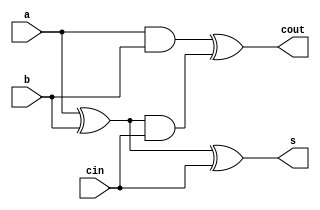
`timescale 1ns/1ns
module full_adder1(s, cout, a, b, cin);
	
	input a, b;
	input cin;
	output s;
	output cout;
      wire s1, c1, c2;
      xor x1(s1, a, b);
      and a1(c1, a, b);
      xor x2(s, s1, cin);
      and a2(c2, s1, cin);
      xor x3(cout, c1, c2);
	
endmodule
	
	

module full_adder_RCA8bit(s, cout, a, b, cin);
	
	input [7:0] a, b;
	input cin;
	output [7:0] s;
	output cout;	
	wire c1, c2, c3, c4, c5, c6, c7;
	
	full_adder1 fa0(s[0], c1, a[0], b[0], cin);
	full_adder1 fa1(s[1], c2, a[1], b[1], c1);
	full_adder1 fa2(s[2], c3, a[2], b[2], c2);
	full_adder1 fa3(s[3], c4, a[3], b[3], c3);
	full_adder1 fa4(s[4], c5, a[4], b[4], c4);
	full_adder1 fa5(s[5], c6, a[5], b[5], c5);
	full_adder1 fa6(s[6], c7, a[6], b[6], c6);
	full_adder1 fa7(s[7], cout, a[7], b[7], c7);
	
endmodule